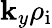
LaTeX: \mathbf{k}_{y}\rho_{\mathrm{{i}}}